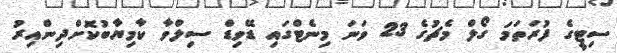
ސިޓީގެ ފުރަތަމަ ގޯލް މެޗުގެ 23 ވަނަ މިނެޓްގައި ޑޭވިޑް ސިލްވާ ކާމިޔާބުކޮށްދިންއިރު